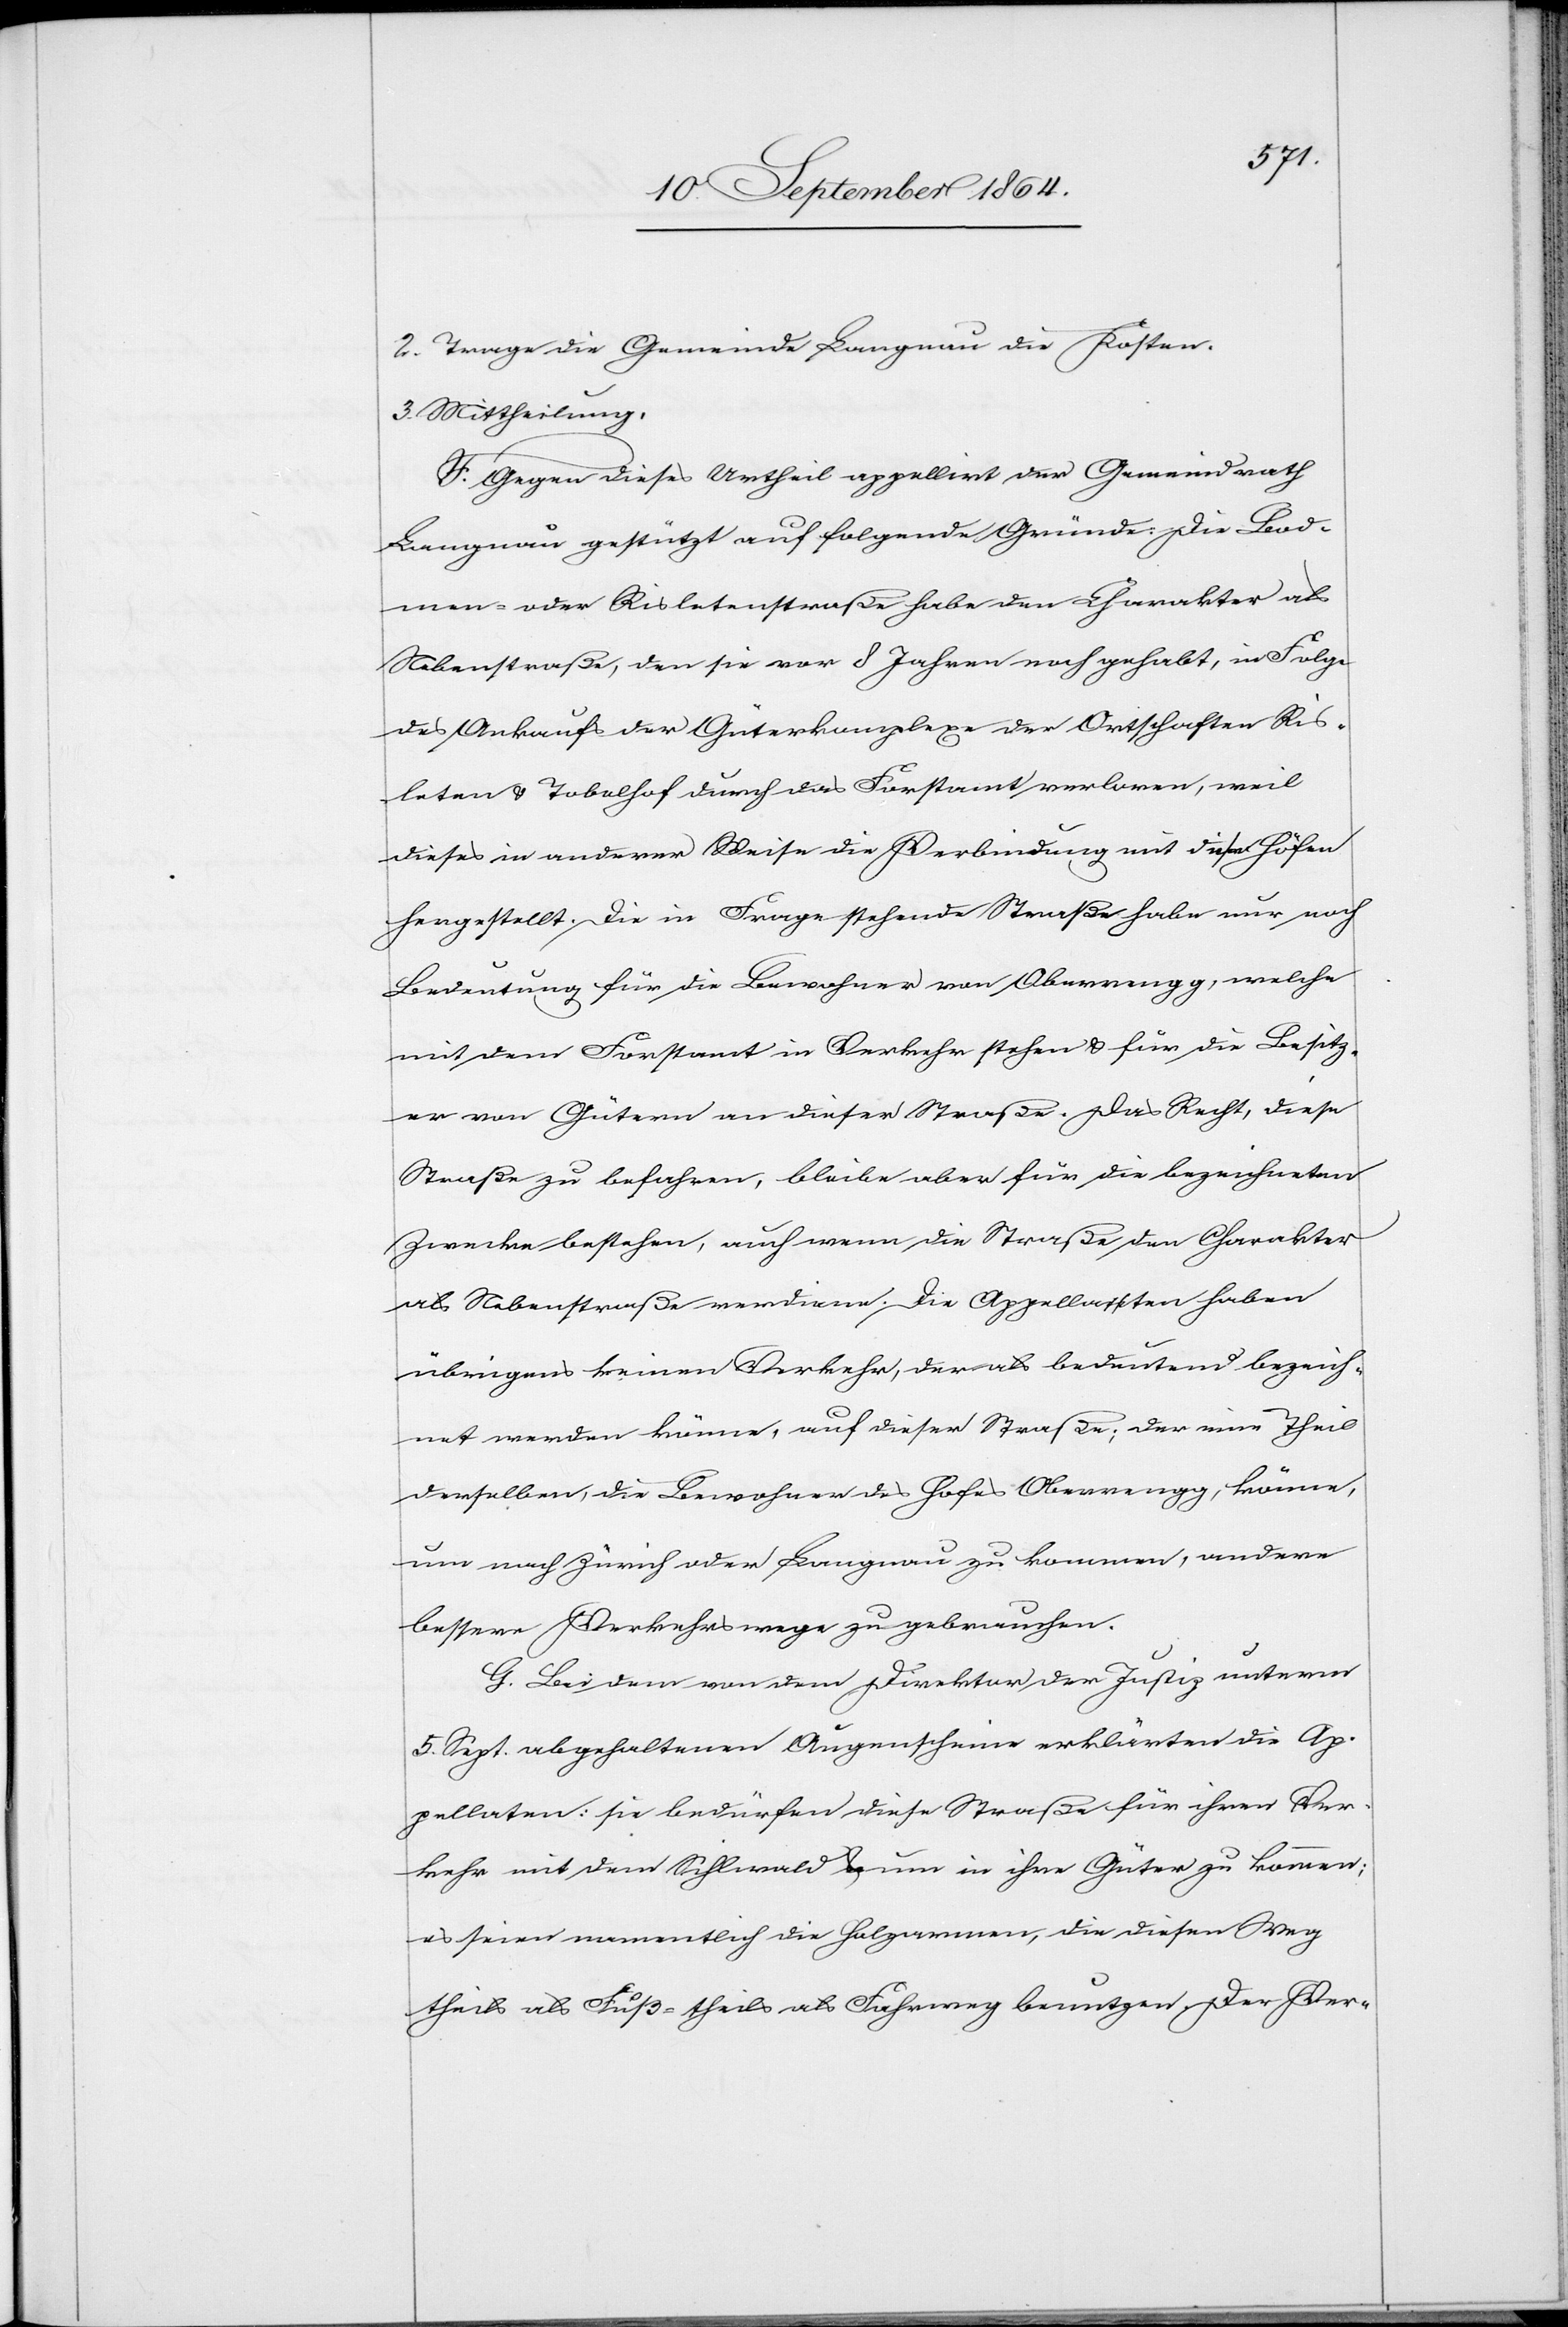
2. 	Trage die Gemeinde Langnau die Kosten.
3.	Mittheilung.
F. Gegen dieses Urtheil appellirt der Gemeindrath
Langnau gestützt auf folgende Gründe: Die Bod¬
men- oder Risletenstraße habe den Charakter als
Nebenstraße, den sie vor 8 Jahren noch gehabt, in Folge
des Ankaufs der Güterkomplexe der Ortschaften Ris¬
leten & Tobelhof durch das Forstamt verloren, weil
dieses in anderer Weise die Verbindung mit diesen Höfen
hergestellt. Die in Frage stehende Straße habe nur noch
Bedeutung für die Bewohner von Oberrengg, welche
mit dem Forstamt in Verkehr stehen & für die Besitz¬
er von Gütern an dieser Straße. Das Recht, diese
Straße zu befahren, bleibe aber für die bezeichneten
Zwecke bestehen, auch wenn die Straße den Charakter
als Nebenstraße verdiene [sic!]. Die Appellaten haben
übrigens keinen Verkehr, der als bedeutend bezeich¬
net werden könne, auf dieser Straße; der eine Theil
derselben, die Bewohner des Hofes Oberrengg, könne,
um nach Zürich oder Langnau zu kommen, andere
bessere Verkehrswege zu [sic!] gebrauchen.
G. Bei dem von dem Direktor der Justiz unterm
5. Sept. abgehaltenen Augenschein erklärten die Ap¬
pellaten: sie bedürfen diese Straße für ihren Ver¬
kehr mit dem Sihlwald & um in ihre Güter zu kommen;
es seien namentlich die Holzarmen, die diesen Weg
theils als Fuß- theils als Fahrweg benutzen. Der Ver-